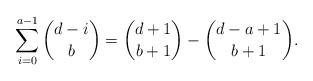
LaTeX: \begin{align*}\sum_{i=0}^{a-1}\binom{d-i}{b}=\binom{d+1}{b+1}-\binom{d-a+1}{b+1}.\end{align*}